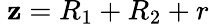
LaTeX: \ \mathbf{z}=R_{1}+R_{2}+r